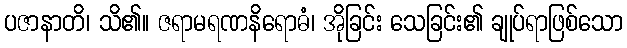
ပဇာနာတိ၊ သိ၏။ ဇရာမရဏနိရောဓံ၊ အိုခြင်း သေခြင်း၏ ချုပ်ရာဖြစ်သော